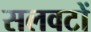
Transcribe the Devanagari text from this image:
सलवटों